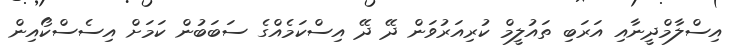
އިސްލާމްދީނާއި އަރަބި ތައުލީމް ކުރިއަރުވަން ދޭ ދޭ އިސްކަމެއްގެ ސަބަބުން ކަމަށް އިސެސްކޯއިން